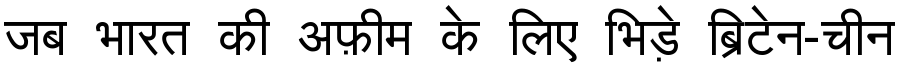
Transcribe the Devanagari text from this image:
जब भारत की अफ़ीम के लिए भिड़े ब्रिटेन-चीन